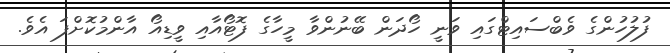
ފުލުހުންގެ ވެބްސައިޓްގައި ވަނީ ހޯދަން ބޭނުންވާ މީހާގެ ފޮޓޯއާއި ވީޑިއޯ އާންމުކޮށްފަ އެވެ.